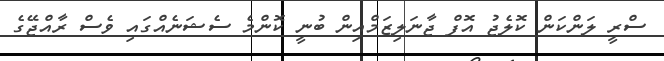
ސްރީ ލަންކަން ކޮލެޖު އޮފް ޖާނަލިޒަމްއިން ބުނީ ކޮންމެ ސެޝަނެއްގައި ވެސް ރާއްޖޭގެ